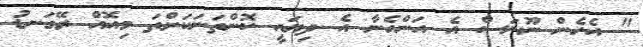
" އެހެން ނޫނަސް އެ އަންހެނާ އެ ދިޔައީ ކޮންތަަނަކަށްތަ މިއޮއް ރޭގަނޑު